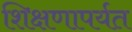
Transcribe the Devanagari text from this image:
शिक्षणापर्यत